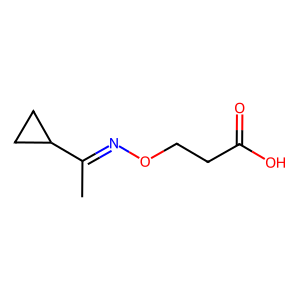
SMILES: CC(=NOCCC(=O)O)C1CC1
Inhibits HIV replication: No